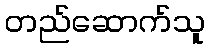
တည်ဆောက်သူ